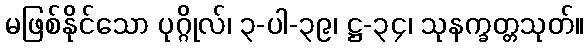
မဖြစ်နိုင်သော ပုဂ္ဂိုလ်၊ ၃-ပါ-၃၉၊ ဋ္ဌ-၃၄၊ သုနက္ခတ္တသုတ်။